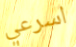
اسرعي